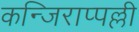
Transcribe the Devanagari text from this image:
कन्जिराप्पल्ली